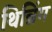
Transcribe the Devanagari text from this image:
थिन्निंग